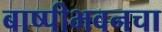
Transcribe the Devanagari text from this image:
बाष्पीभवनचा